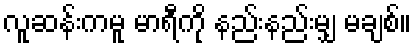
လူဆန်းကမူ မာရီကို နည်းနည်းမျှ မချစ်။